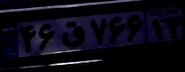
۴۶ق۷۶۶۱۳